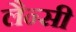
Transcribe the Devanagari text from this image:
लैन्सी